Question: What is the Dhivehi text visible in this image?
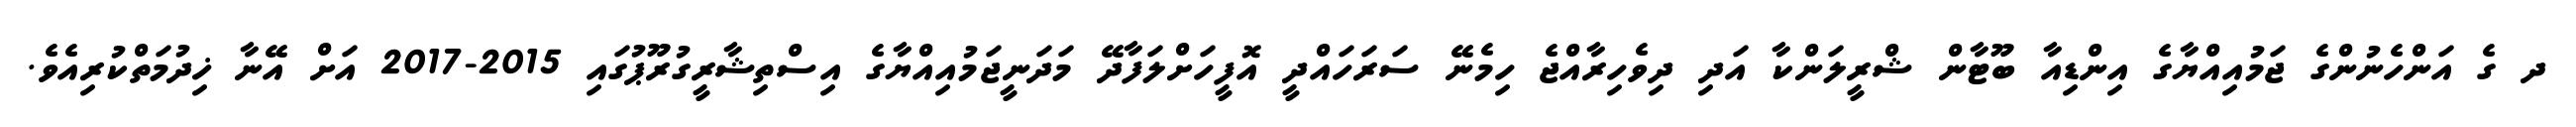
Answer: ދ ގެ އަންހެނުންގެ ޖަމުއިއްޔާގެ އިންޑިއާ ބޫޓާން ޝްރީލަންކާ އަދި ދިވެހިރާއްޖެ ހިމެނޭ ސަރަހައްދީ އޮފީހަށްލަފާދޭ މަދަނީޖަމުއިއްޔާގެ އިސްތިޝާރީގުރޫޕުގައި 2015-2017 އަށް އޭނާ ޚިދުމަތްކުރިއެވެ.